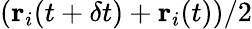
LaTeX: (\textbf{r}_{i}(t+\delta t)+\textbf{r}_{i}(t))/2